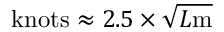
{ \mathrm { k n o t s } } \approx 2 . 5 \times { \sqrt { L { \mathrm { m } } } }